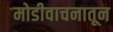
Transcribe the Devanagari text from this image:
मोडीवाचनातून